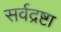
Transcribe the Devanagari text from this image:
सर्वद्रष्टा